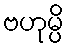
ဗဟုမ္ပိ